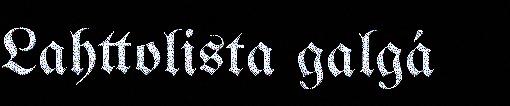
Lahttolista galgá